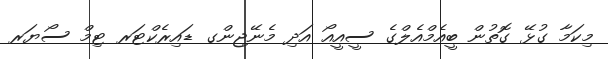
މިކަމާ ގުޅޭ ގޮތުން ބީއެމްއެލްގެ ސީއީއޯ އަދި މެނޭޖިންގ ޑައިރެކްޓަރ ޓިމް ސޯޔަރ